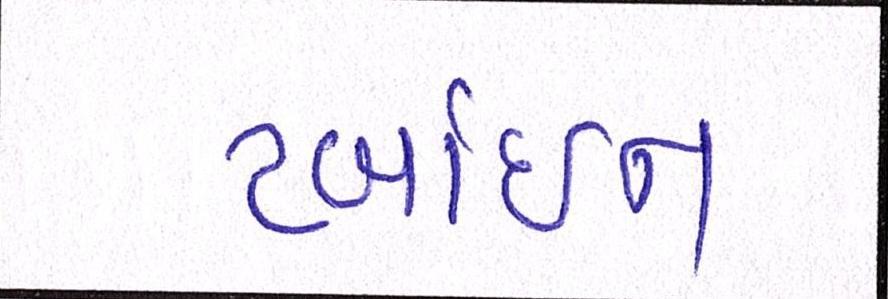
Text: ટર્બાઇન